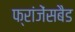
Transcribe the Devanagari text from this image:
फ्रांजेंसबैड